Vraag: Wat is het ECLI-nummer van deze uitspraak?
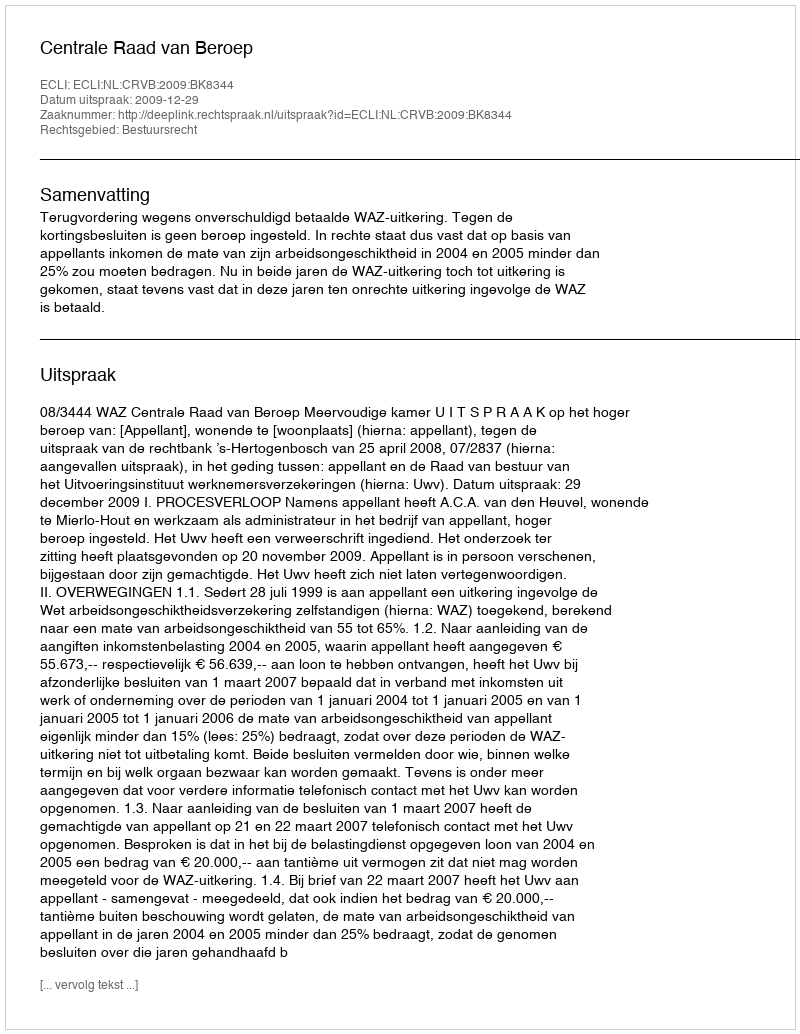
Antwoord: ECLI:NL:CRVB:2009:BK8344